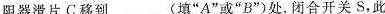
阻器滑片C移到_______(填”A”或”B”)处。闭合开关S，此